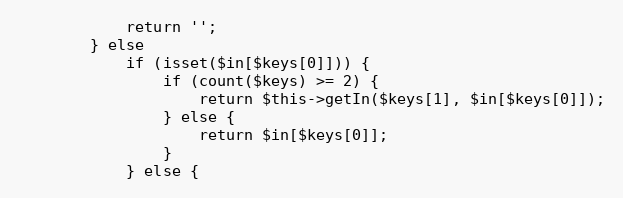
Language: PHP
            return '';
        } else
            if (isset($in[$keys[0]])) {
                if (count($keys) >= 2) {
                    return $this->getIn($keys[1], $in[$keys[0]]);
                } else {
                    return $in[$keys[0]];
                }
            } else {